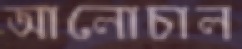
আলোচাল